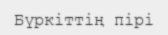
Бүркіттің пірі